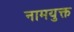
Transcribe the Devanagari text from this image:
नामयुक्त